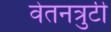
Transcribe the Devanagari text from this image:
वेतनत्रुटी